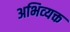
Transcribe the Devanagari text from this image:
अभिव्‍यक्त